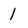
Character: 1